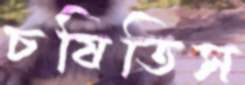
চষিতিস